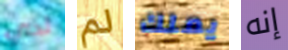
لدي لم يملك إنه